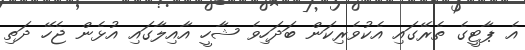
އެ ޕާޓީގެ ތެރޭގައި އެކުވެރިކަން ބަދަހިވެ ޝާހީ އާއިލާގައި އުޅެން ޖެހޭ ދަތި